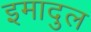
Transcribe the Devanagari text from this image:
इमादुल